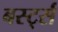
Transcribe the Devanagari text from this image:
बर्स्ट्स